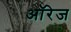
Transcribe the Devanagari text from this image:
ऑरेज